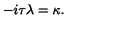
- i \tau \lambda = \kappa .